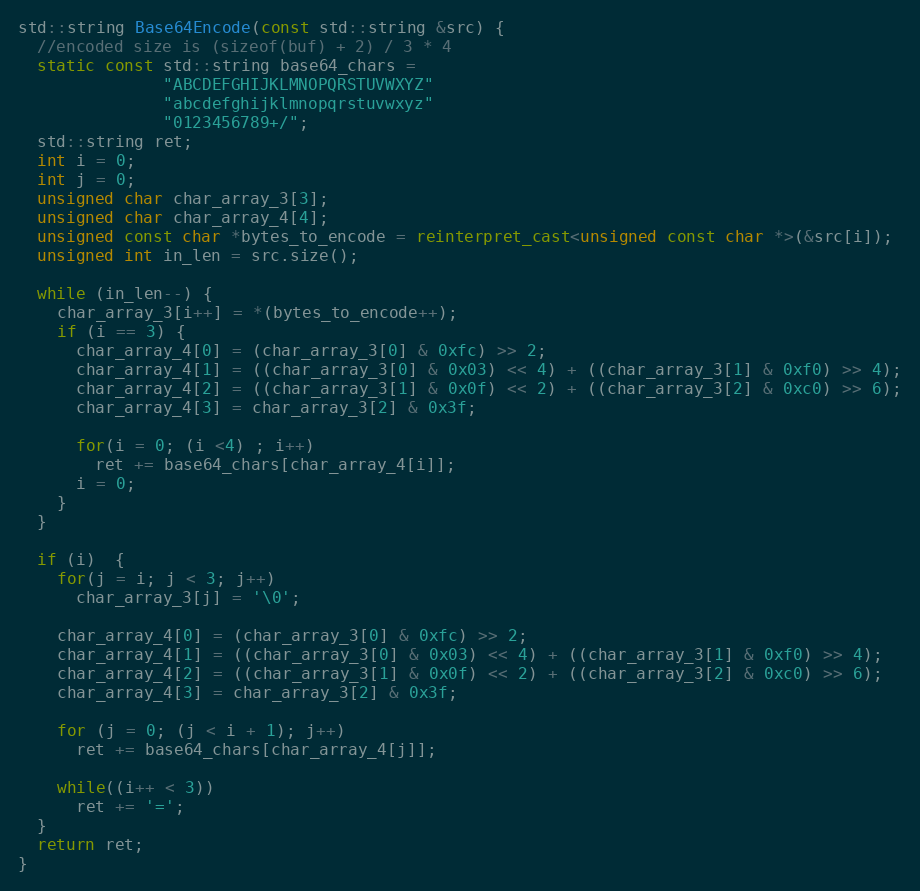
Language: C++
std::string Base64Encode(const std::string &src) {
  //encoded size is (sizeof(buf) + 2) / 3 * 4
  static const std::string base64_chars =
               "ABCDEFGHIJKLMNOPQRSTUVWXYZ"
               "abcdefghijklmnopqrstuvwxyz"
               "0123456789+/";
  std::string ret;
  int i = 0;
  int j = 0;
  unsigned char char_array_3[3];
  unsigned char char_array_4[4];
  unsigned const char *bytes_to_encode = reinterpret_cast<unsigned const char *>(&src[i]);
  unsigned int in_len = src.size();

  while (in_len--) {
    char_array_3[i++] = *(bytes_to_encode++);
    if (i == 3) {
      char_array_4[0] = (char_array_3[0] & 0xfc) >> 2;
      char_array_4[1] = ((char_array_3[0] & 0x03) << 4) + ((char_array_3[1] & 0xf0) >> 4);
      char_array_4[2] = ((char_array_3[1] & 0x0f) << 2) + ((char_array_3[2] & 0xc0) >> 6);
      char_array_4[3] = char_array_3[2] & 0x3f;

      for(i = 0; (i <4) ; i++)
        ret += base64_chars[char_array_4[i]];
      i = 0;
    }
  }

  if (i)  {
    for(j = i; j < 3; j++)
      char_array_3[j] = '\0';

    char_array_4[0] = (char_array_3[0] & 0xfc) >> 2;
    char_array_4[1] = ((char_array_3[0] & 0x03) << 4) + ((char_array_3[1] & 0xf0) >> 4);
    char_array_4[2] = ((char_array_3[1] & 0x0f) << 2) + ((char_array_3[2] & 0xc0) >> 6);
    char_array_4[3] = char_array_3[2] & 0x3f;

    for (j = 0; (j < i + 1); j++)
      ret += base64_chars[char_array_4[j]];

    while((i++ < 3))
      ret += '=';
  }
  return ret;
}